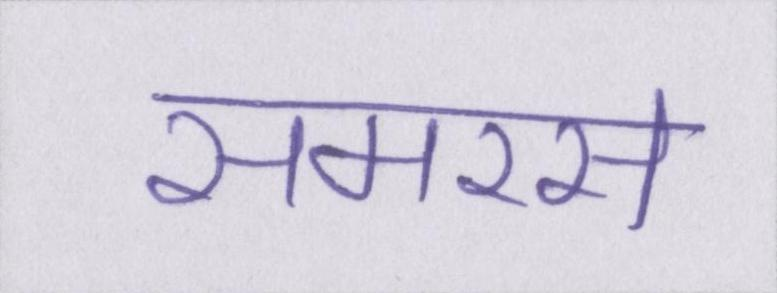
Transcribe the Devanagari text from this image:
समरस